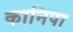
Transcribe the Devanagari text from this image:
कानिपा